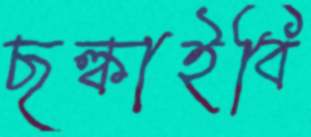
ছল্‌কাইবি